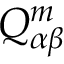
Q _ { \alpha \beta } ^ { m }